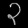
Digit: ၃